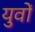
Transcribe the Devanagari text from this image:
युवों